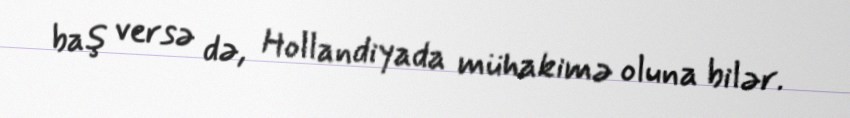
baş versə də, Hollandiyada mühakimə oluna bilər.